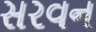
સરવન